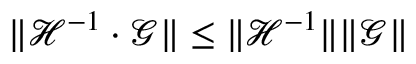
\lVert \mathcal { H } ^ { - 1 } \cdot \mathcal { G } \rVert \leq \lVert \mathcal { H } ^ { - 1 } \rVert \lVert \mathcal { G } \rVert